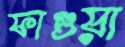
ফাগুয়া